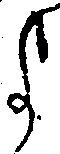
よ